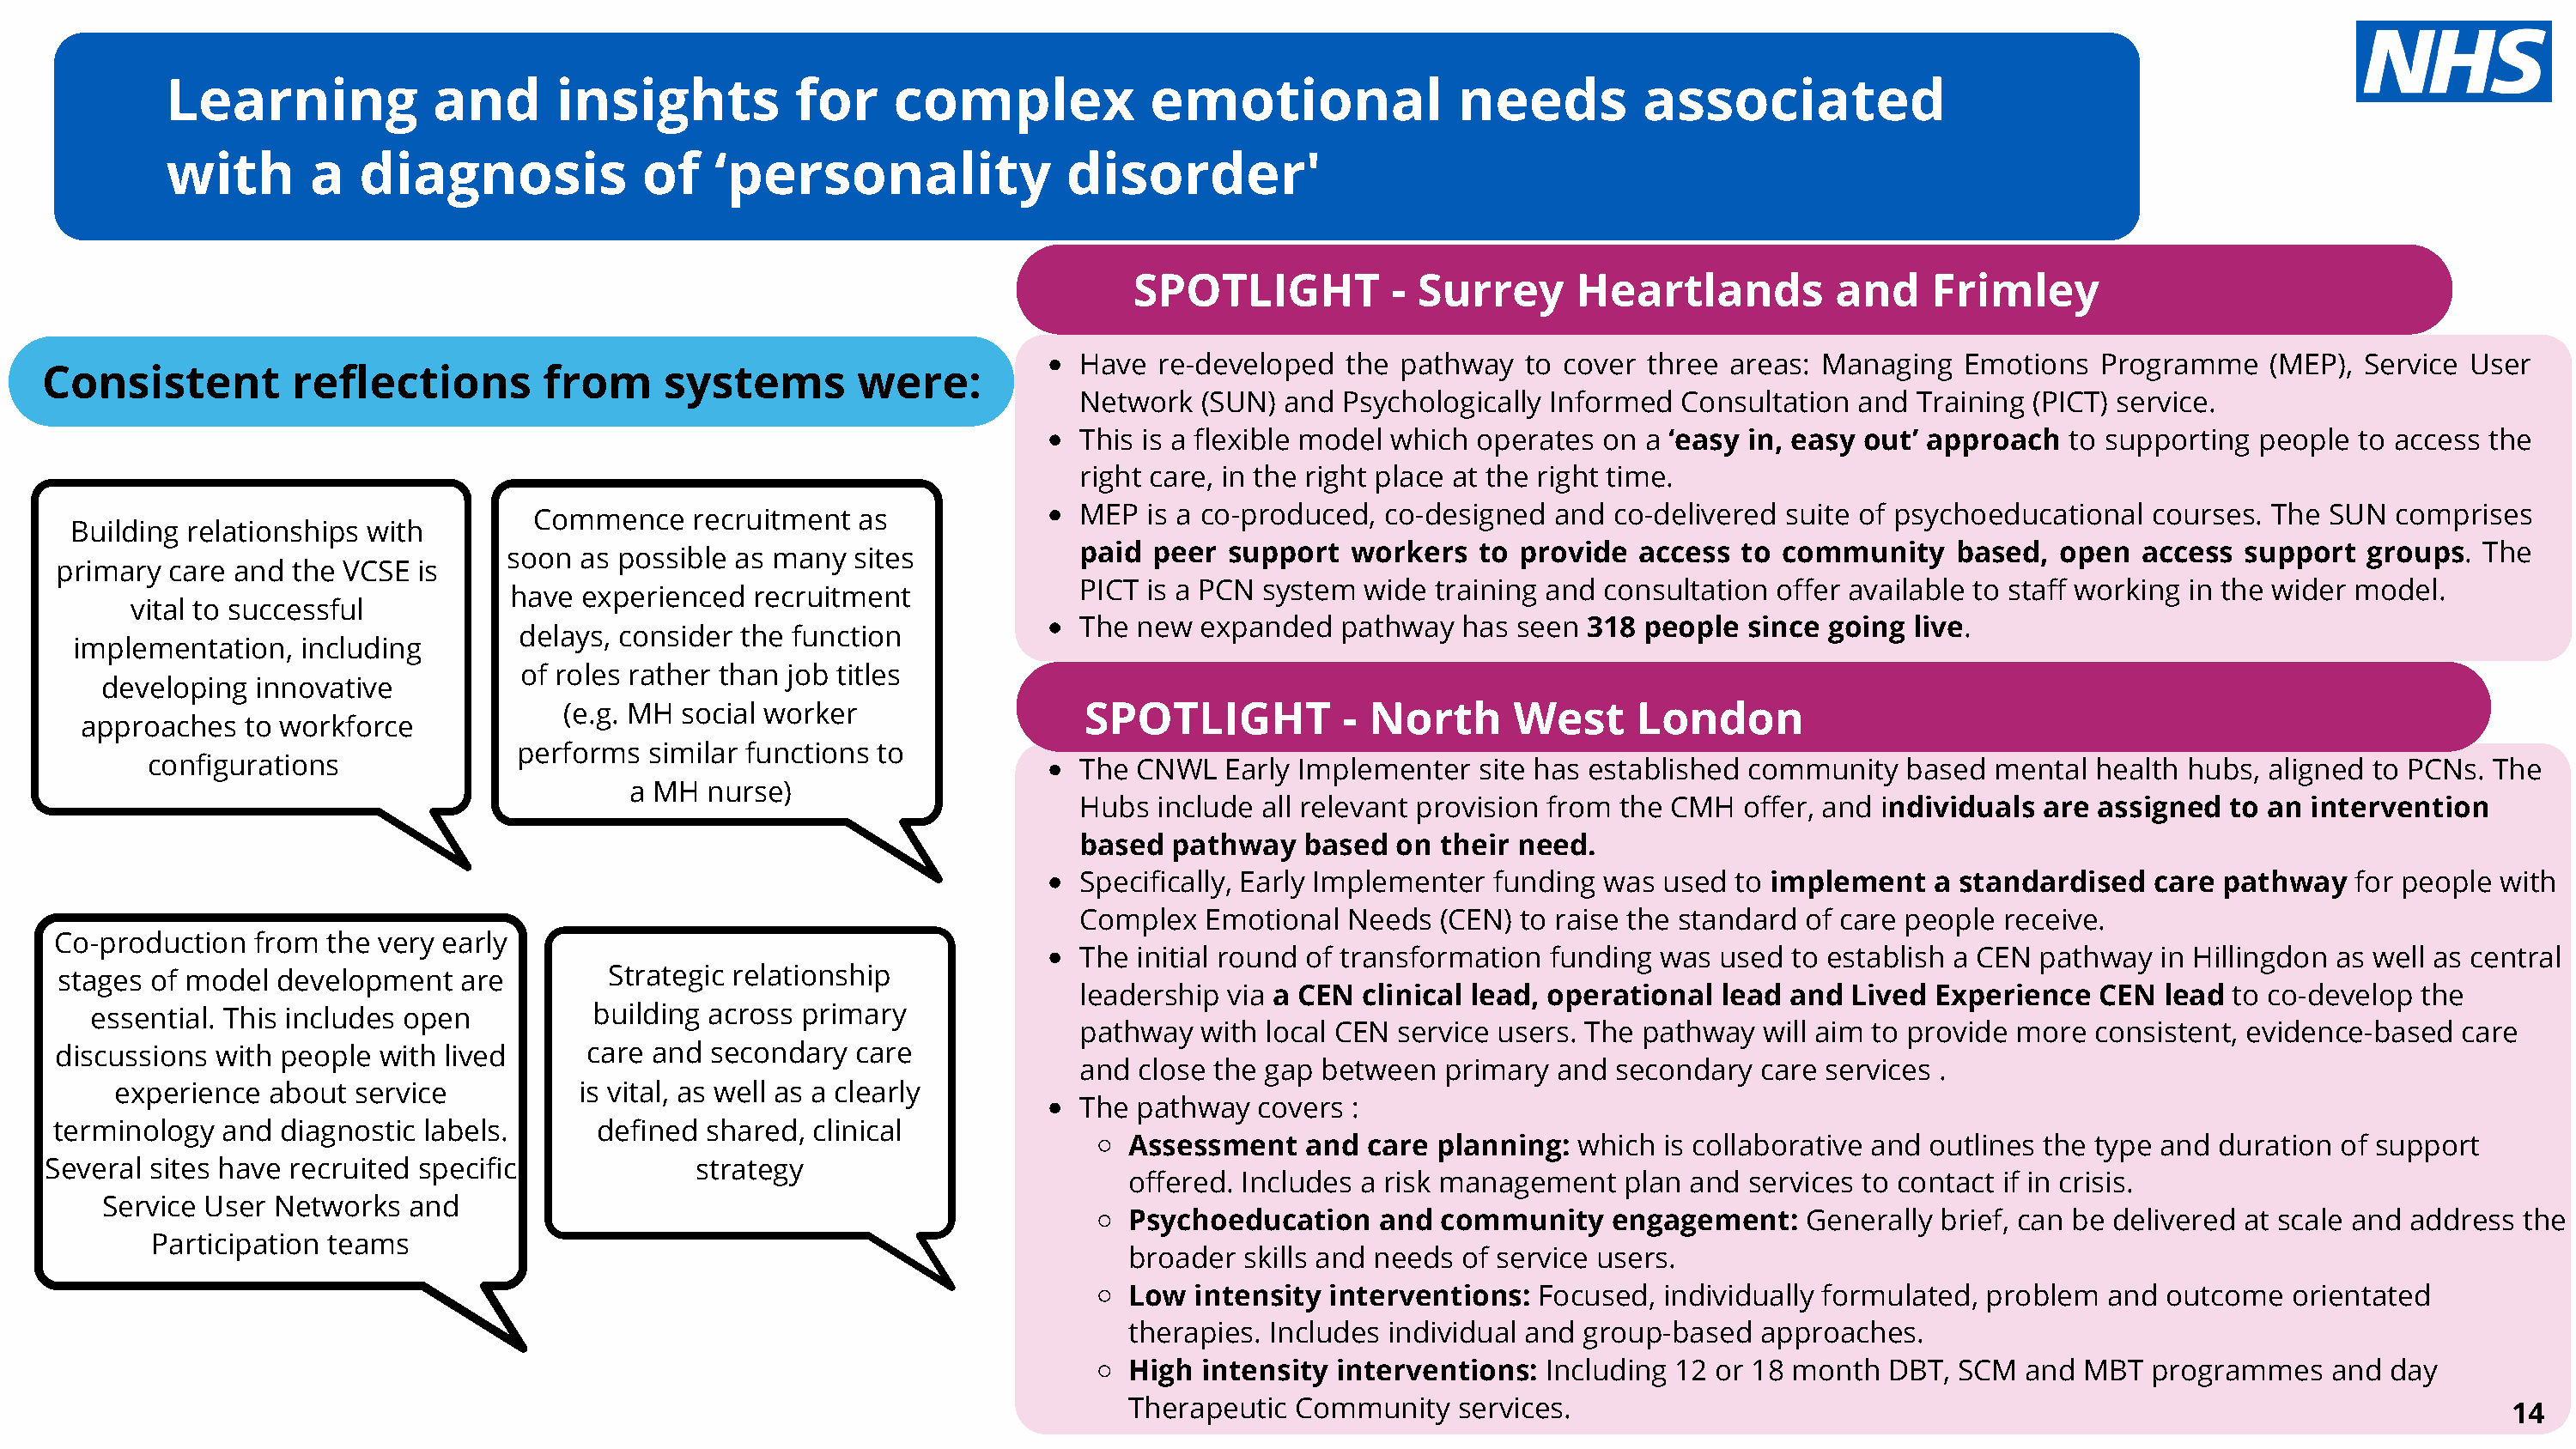
Learning            and       insights          for     complex             emotional              needs          associated
 with       a   diagnosis             of   ‘personality               disorder'
 SPOTLIGHT           - Surrey      Heartlands           and    Frimley
 Have  re-developed   the pathway   to cover three areas: Managing   Emotions   Programme    (MEP), Service User
 Consistent          reflections        from     systems        were:
 Network   (SUN) and Psychologically Informed   Consultation and  Training (PICT) service.
 This is a flexible model which operates  on a ‘easy in, easy out’ approach   to supporting people  to access the
 right care, in the right place at the right time.
 Commence    recruitment  as               MEP  is a co-produced,  co-designed  and co-delivered  suite of psychoeducational  courses. The  SUN  comprises
 Building relationships with
 paid  peer  support  workers   to provide  access  to community     based,  open  access  support  groups.  The
 soon  as possible as many  sites
 primary  care and  the VCSE is
 PICT is a PCN system  wide  training and consultation offer available to staff working in the wider model.
 have  experienced  recruitment
 vital to successful
 The  new  expanded  pathway   has seen 318  people  since going live.
 delays, consider the function
 implementation,  including
 of roles rather than job titles
 developing  innovative
 (e.g. MH  social worker                  SPOTLIGHT           - North      West     London
 approaches   to workforce
 performs  similar functions to
 configurations                                                          The  CNWL  Early Implementer   site has established community   based  mental  health hubs, aligned to PCNs. The
 a MH  nurse)
 Hubs  include all relevant provision from the CMH  offer, and individuals are  assigned  to an intervention
 based  pathway    based  on their need.
 Specifically, Early Implementer funding  was used  to implement   a standardised   care pathway    for people with
 Complex   Emotional  Needs  (CEN) to raise the standard of care people receive.
 Co-production   from the very early
 The  initial round of transformation funding was  used to establish a CEN pathway   in Hillingdon as well as central
 Strategic relationship
 stages  of model development   are
 leadership  via a CEN clinical lead, operational  lead and  Lived Experience   CEN  lead to co-develop  the
 essential. This includes open          building across primary
 pathway   with local CEN service users. The pathway  will aim to provide more consistent, evidence-based   care
 discussions  with people with lived      care and  secondary  care
 and  close the gap between  primary  and  secondary  care services .
 experience  about service           is vital, as well as a clearly
 The  pathway  covers :
 terminology  and  diagnostic labels.      defined shared,  clinical
 Assessment    and care  planning:  which is collaborative and outlines the type and duration of support
 Several  sites have recruited specific             strategy
 offered. Includes a risk management   plan and  services to contact if in crisis.
 Service User Networks   and
 Psychoeducation    and  community    engagement:    Generally  brief, can be delivered at scale and address the
 Participation teams
 broader  skills and needs of service users.
 Low  intensity interventions:   Focused, individually formulated, problem  and  outcome   orientated
 therapies. Includes individual and group-based   approaches.
 High  intensity interventions:  Including 12 or 18 month   DBT, SCM  and  MBT  programmes    and day
 Therapeutic  Community   services.                                                                         14